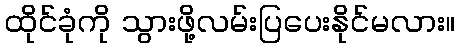
ထိုင်ခုံကို သွားဖို့လမ်းပြပေးနိုင်မလား။